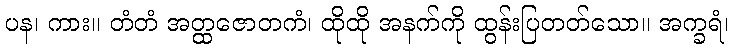
ပန၊ ကား။ တံတံ အတ္ထဇောတကံ၊ ထိုထို အနက်ကို ထွန်းပြတတ်သော။ အက္ခရံ၊